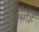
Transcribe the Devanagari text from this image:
बर्साई